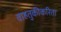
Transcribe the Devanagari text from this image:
वाहतुकीकरिता